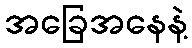
အခြေအနေနဲ့